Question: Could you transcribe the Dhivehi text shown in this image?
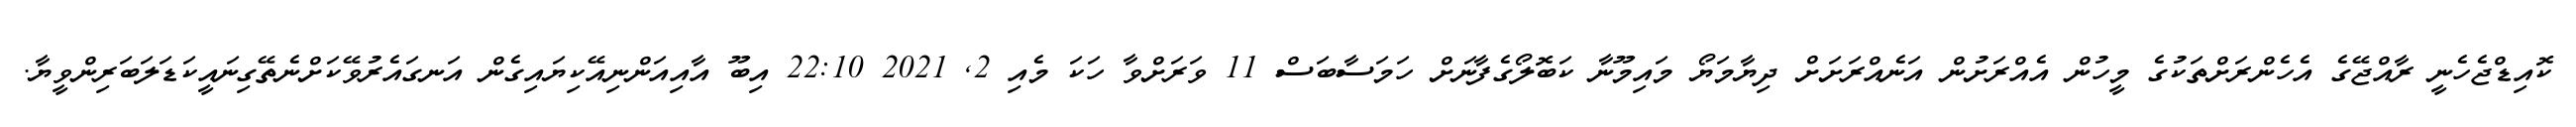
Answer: ކޮއިޑްޖެހެނީ ރާއްޖޭގެ އެހެންރަށްތަކުގެ މީހުން އެއްރަށުން އަނެއްރަށަށް ދިޔާމަޔޯ މައިމޫނާ ކަބޮލޯގެފާނަށް ހަމަސާބަސް 11 ވަރަށްވާ ހަކަ މެއި 2, 2021 22:10 އިބޫ އާއިއަންނިއޭކިޔައިގެން އަނގައެރުވޭކަށްނެތޭގިނައީކަޑަލަބަރިންވީޔާ.